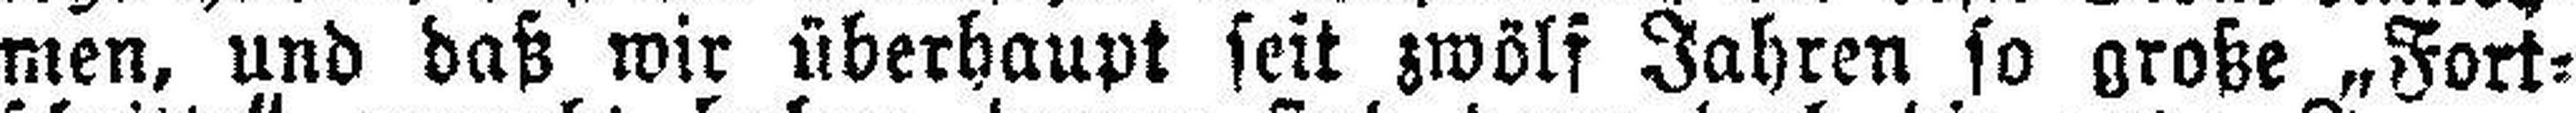
men, und daß wir überhaupt seit zwölf Jahren so große „Fort¬